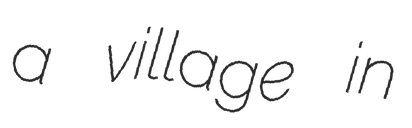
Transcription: a village in